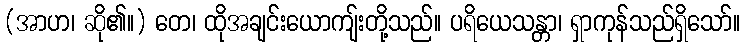
(အာဟ၊ ဆို၏။) တေ၊ ထိုအချင်းယောကျ်းတို့သည်။ ပရိယေသန္တာ၊ ရှာကုန်သည်ရှိသော်။